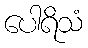
ပေါရိသံ